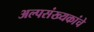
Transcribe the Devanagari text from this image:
अल्पसंख्यकांचे